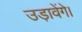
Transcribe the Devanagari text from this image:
उड़ावेंगे।